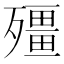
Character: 殭